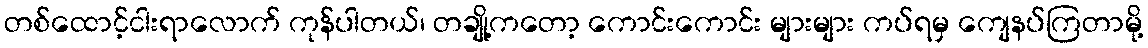
တစ်ထောင့်ငါးရာလောက် ကုန်ပါတယ်၊ တချို့ကတော့ ကောင်းကောင်း များများ ကပ်ရမှ ကျေနပ်ကြတာမို့